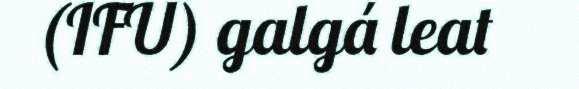
(IFU) galgá leat